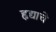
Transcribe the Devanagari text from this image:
हृद्याचे